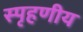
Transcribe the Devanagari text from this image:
स्‍पृहणीय